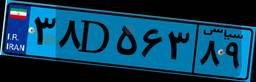
۳۸D۵۶۳۸۹